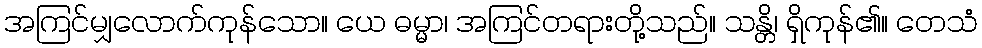
အကြင်မျှလောက်ကုန်သော။ ယေ ဓမ္မာ၊ အကြင်တရားတို့သည်။ သန္တိ၊ ရှိကုန်၏။ တေသံ